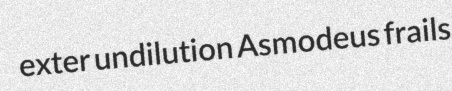
exter undilution Asmodeus frails